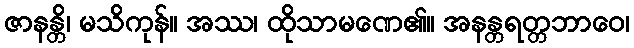
ဇာနန္တိ၊ မသိကုန်။ အဿ၊ ထိုသာမဏေ၏။ အနန္တရတ္တဘာဝေ၊